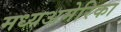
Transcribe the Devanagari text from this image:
मध्यअमेरिका